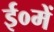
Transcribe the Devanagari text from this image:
ई०में